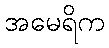
အမေရိက